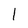
Character: 1